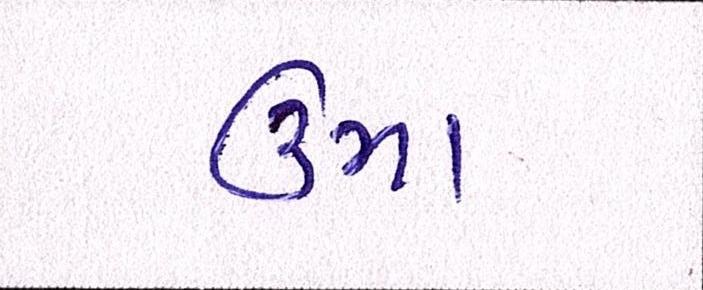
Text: ઉમા